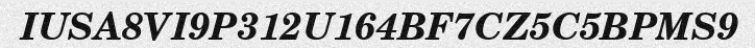
IUSA8VI9P312U164BF7CZ5C5BPMS9